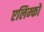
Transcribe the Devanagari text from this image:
एलिम्को